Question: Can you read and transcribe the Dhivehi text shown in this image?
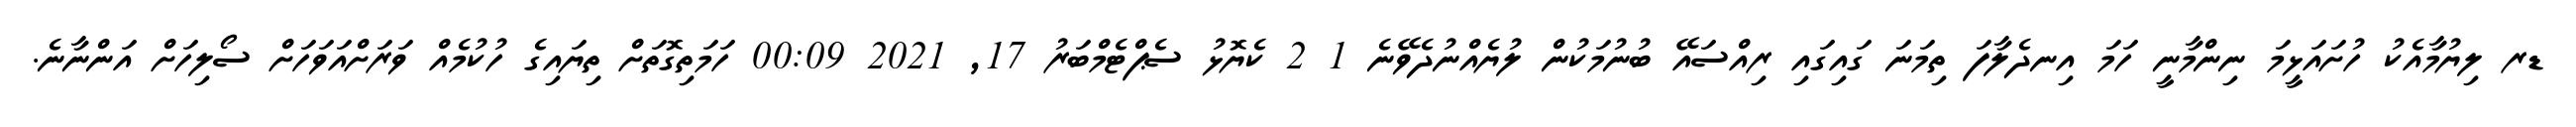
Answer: ޑރ ލިޔުމާއެކު ހުށައަޅީމަ ނިންމާނީ ހަމަ އިނދެލާފަ ތިމަނަ ގައިގައި ރިއްސައޭ ބުނުމަކުން ލުޔެއްނުދެވޭނެ 1 2 ކެޔޮޅު ސެޕްޓެމްބަރު 17, 2021 00:09 ހަމަތިގޮތަށް ތިޔައިގެ ހުކުމެއް ވަރަށްއަވަހަށް ސޯލިހަށް އަންނާނެ.